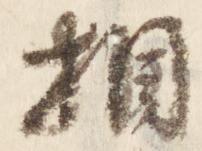
相